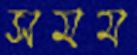
সমম